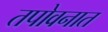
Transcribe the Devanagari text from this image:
तपोवनात